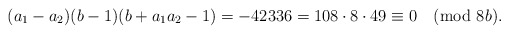
\begin{align*}(a_1-a_2)(b-1)(b+a_1a_2-1)=-42336=108 \cdot 8 \cdot 49 \equiv 0 \pmod{8b}.\end{align*}